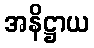
အနိဋ္ဌာယ